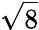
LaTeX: \sqrt{8}